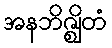
အနဘိဇ္ဈိတံ